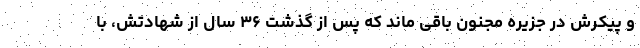
و پیکرش در جزیره مجنون باقی ماند که پس از گذشت ۳۶ سال از شهادتش، با